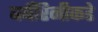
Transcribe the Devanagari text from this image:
बर्बेरिनीकडे